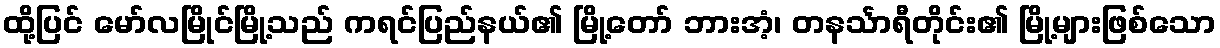
ထို့ပြင် မော်လမြိုင်မြို့သည် ကရင်ပြည်နယ်၏ မြို့တော် ဘားအံ့၊ တနင်္သာရီတိုင်း၏ မြို့များဖြစ်သော